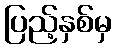
ပြည့်နှစ်မှ